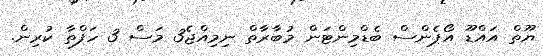
ޔޫތް އައްޑޫ އޯޕެންސް ބެޑްމިންޓަން މުބާރާތް ނިމިއްޖެ3 މަސް 3 ހަފްތާ ކުރިން.